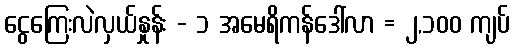
ငွေကြေးလဲလှယ်နှုန်း - ၁ အမေရိကန်ဒေါ်လာ = ၂,၁၀၀ ကျပ်